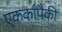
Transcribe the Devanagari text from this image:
एककांपैकी